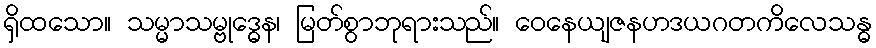
ရှိထသော။ သမ္မာသမ္ဗုဒ္ဓေန၊ မြတ်စွာဘုရားသည်။ ဝေနေယျဇနဟဒယဂတကိလေသန္ဓ